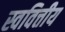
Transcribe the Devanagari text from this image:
स्ववित्तीय